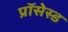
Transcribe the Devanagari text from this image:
प्रॉसेस्ड